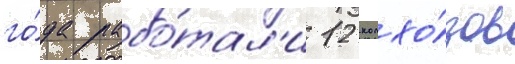
го́да рабо́тал'и 12 колхо́зов